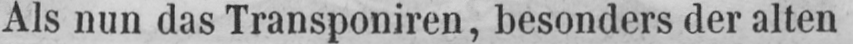
Als nun das Transponiren, besonders der alten